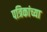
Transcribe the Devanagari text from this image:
पत्रिकांच्या